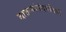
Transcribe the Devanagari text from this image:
बातम्यांसंदर्भातली